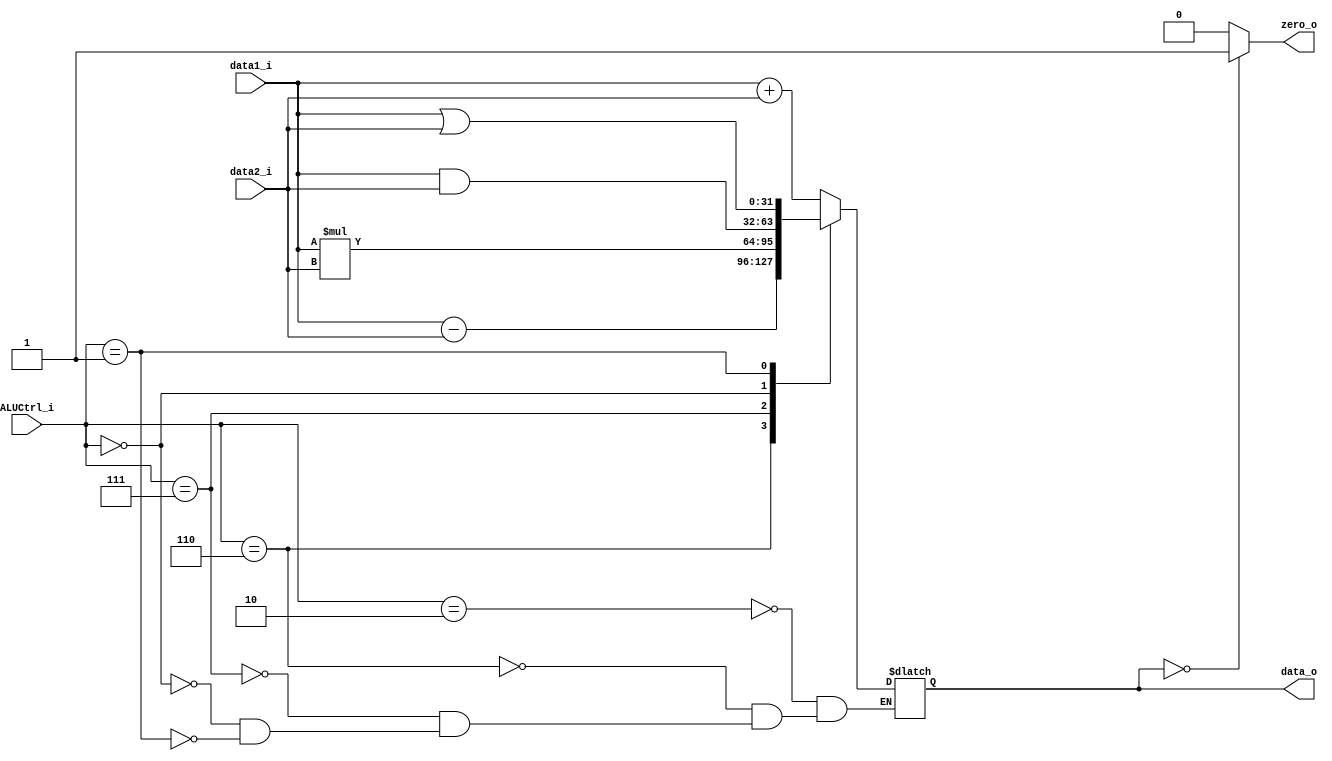
module ALU
(
	data1_i,
	data2_i,
	ALUCtrl_i,
	data_o,
	zero_o
);

input  [31 : 0] data1_i;
input  [31 : 0] data2_i;
input  [3 : 0]  ALUCtrl_i;
output [31 : 0] data_o;
output          zero_o;

reg [31 : 0] data_reg;

assign data_o = data_reg;
assign zero_o = (data_reg == 32'b0)? 1'b1 : 1'b0;

always @(data1_i or data2_i or ALUCtrl_i)
begin
	case (ALUCtrl_i)
		4'b0010: data_reg = data1_i + data2_i;
		4'b0110: data_reg = data1_i - data2_i;
		4'b0111: data_reg = data1_i * data2_i;
		4'b0000: data_reg = data1_i & data2_i;
		4'b0001: data_reg = data1_i | data2_i;
	endcase
end

endmodule